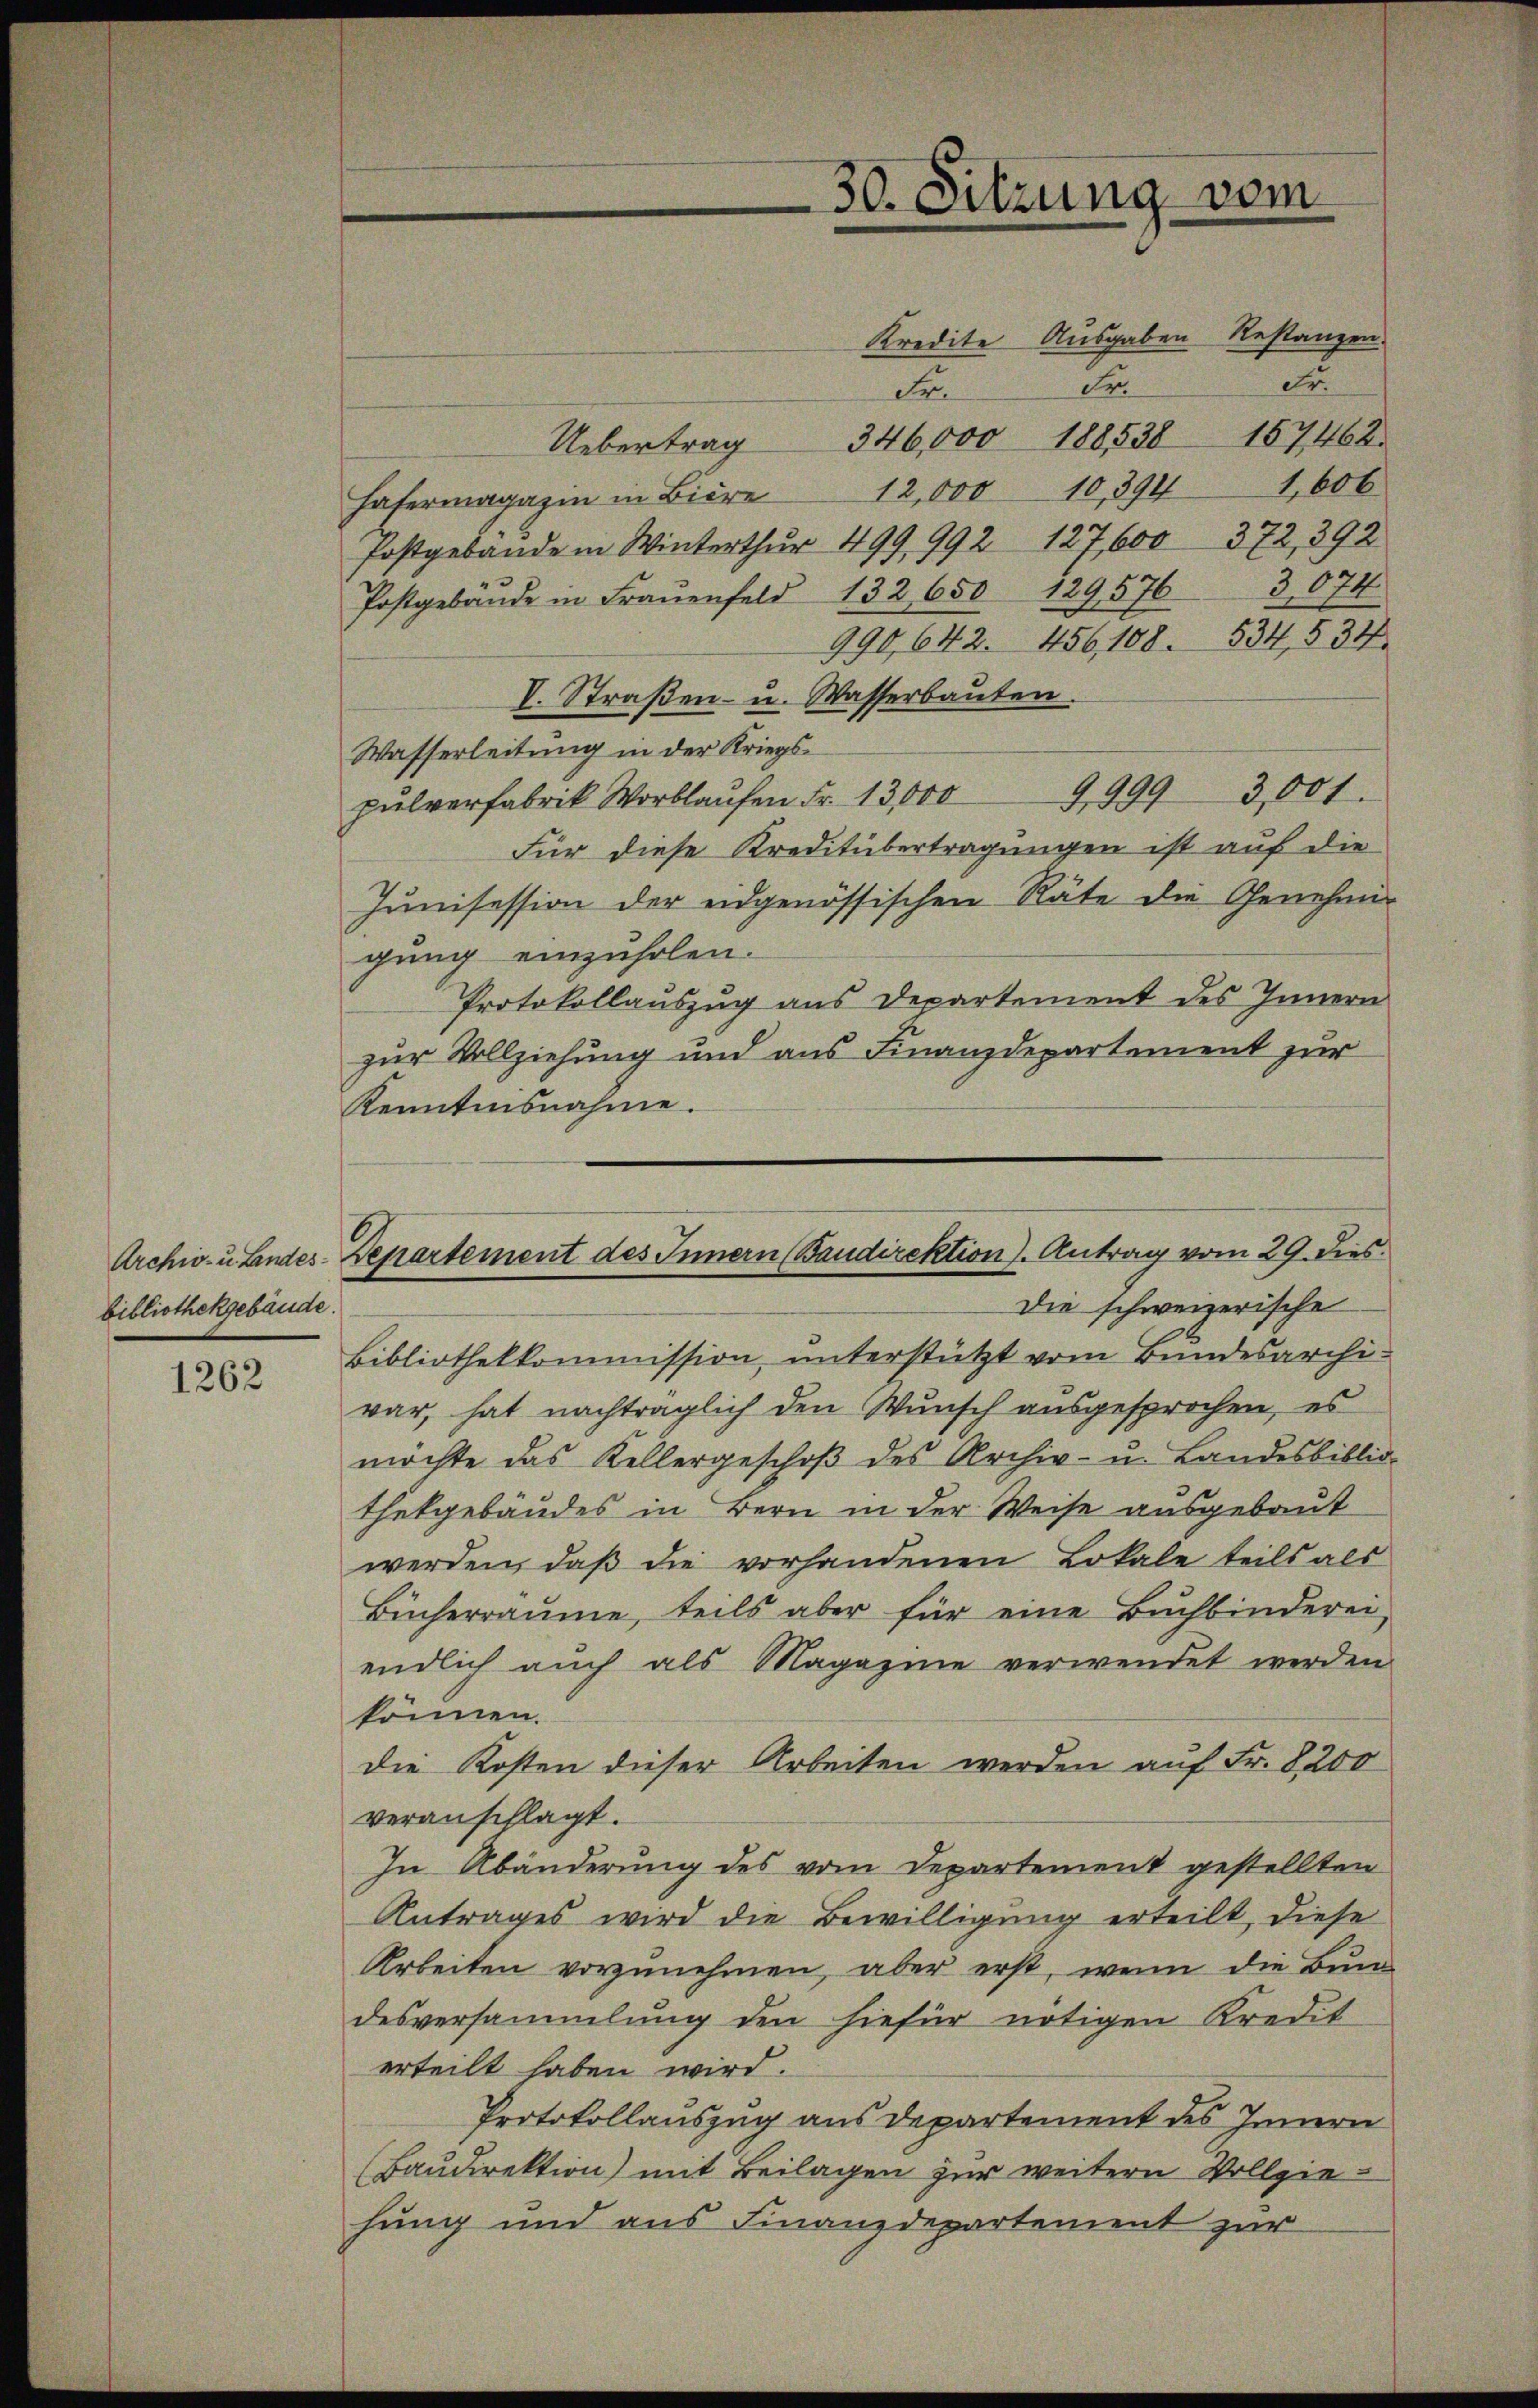
bibliothekgebäude.

1262

Kredite Ausgaben Restanzen
Fr.
Fr.
Fr.
346,000 188538 157468.
Uebertrag
1,606
Hafermagazin in Biere 12,000 10,394
fostgebäude in Winterthur 499, 992 127,600 372, 392
3,074.
Postgebäŭde in Frauenfeld 132650 129576
990,642. 456, 108. 534, 534
V. Straßen- u. Wasserbauten.
Wasserleitung in der Kriegs-
pŭlverfabrik Worblaŭfen Fr. 13,000 99993,001.
Für diese Kreditübertragungen ist auf die
Junisession der eidgenössischen Räte die Genehmig
gung einzuholen.
Protokollauszug aus Departement des Innern
zur Vollziehung und aus Finanzdepartement zur
Kenntnisnahme.
Die schweizerische
Bibliothekkommission unterstützt vom Bundesarchi-
war, hat nachträglich den Wunsch ausgesprochen, es
möchte das Kellergeschoβ des Archiv- u. Landesbiblio-
thekgebäudes in Bern in der Weise ausgebaut
werden, daß die vorhandenen Lokale teils als
Bücherräume, teils aber für eine Buchbinderei
endlich auch als Magazine verwendet werden
können.
die Kosten dieser Arbeiten werden auf Fr. 8200
veranschlagt.
In Abänderung des vom Departement gestellten
Antrages wird die Bewilligung erteilt, diese
Arbeiten vorzunehmen, aber erst, wenn die Bun
desversammlung den hiefür nötigen Kredit
erteilt haben wird.
Protokollauszug aus departement des Innern
(Baudirektion) mit Beilagen zur weitern Vollziehung und aus Finanzdepartement zur

30. Sitzung vom

Archiv- u Lindes-Departement des Innern (Baudirektion). Antrag vom 29. dies